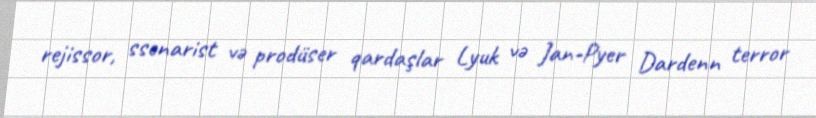
rejissor, ssenarist və prodüser qardaşlar Lyuk və Jan-Pyer Dardenn terror